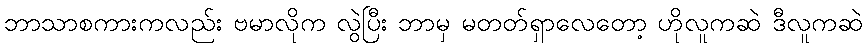
ဘာသာစကားကလည်း ဗမာလိုက လွဲပြီး ဘာမှ မတတ်ရှာလေတော့ ဟိုလူကဆဲ ဒီလူကဆဲ